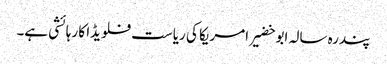
پندرہ سالہ ابو خضیر امریکا کی ریاست فلویڈا کا رہائشی ہے۔